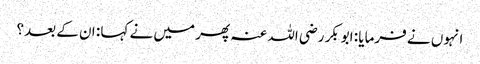
انہوں نے فرمایا : ابوبکر رضی اللہ عنہ پھر میں نے کہا : ان کے بعد؟